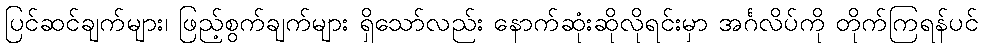
ပြင်ဆင်ချက်များ၊ ဖြည့်စွက်ချက်များ ရှိသော်လည်း နောက်ဆုံးဆိုလိုရင်းမှာ အင်္ဂလိပ်ကို တိုက်ကြရန်ပင်